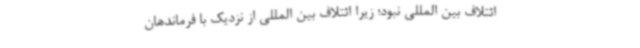
ائتلاف بین المللی نبود؛ زیرا ائتلاف بین المللی از نزدیک با فرماندهان